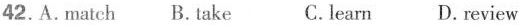
42.A.match B.take C.learn D. review